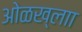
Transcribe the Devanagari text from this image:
ओळख्लाा